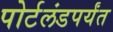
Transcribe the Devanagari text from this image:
पोर्टलंडपर्यंत